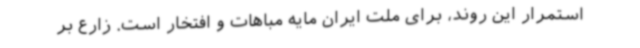
استمرار این روند، برای ملت ایران مایه مباهات و افتخار است. زارع بر